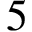
5